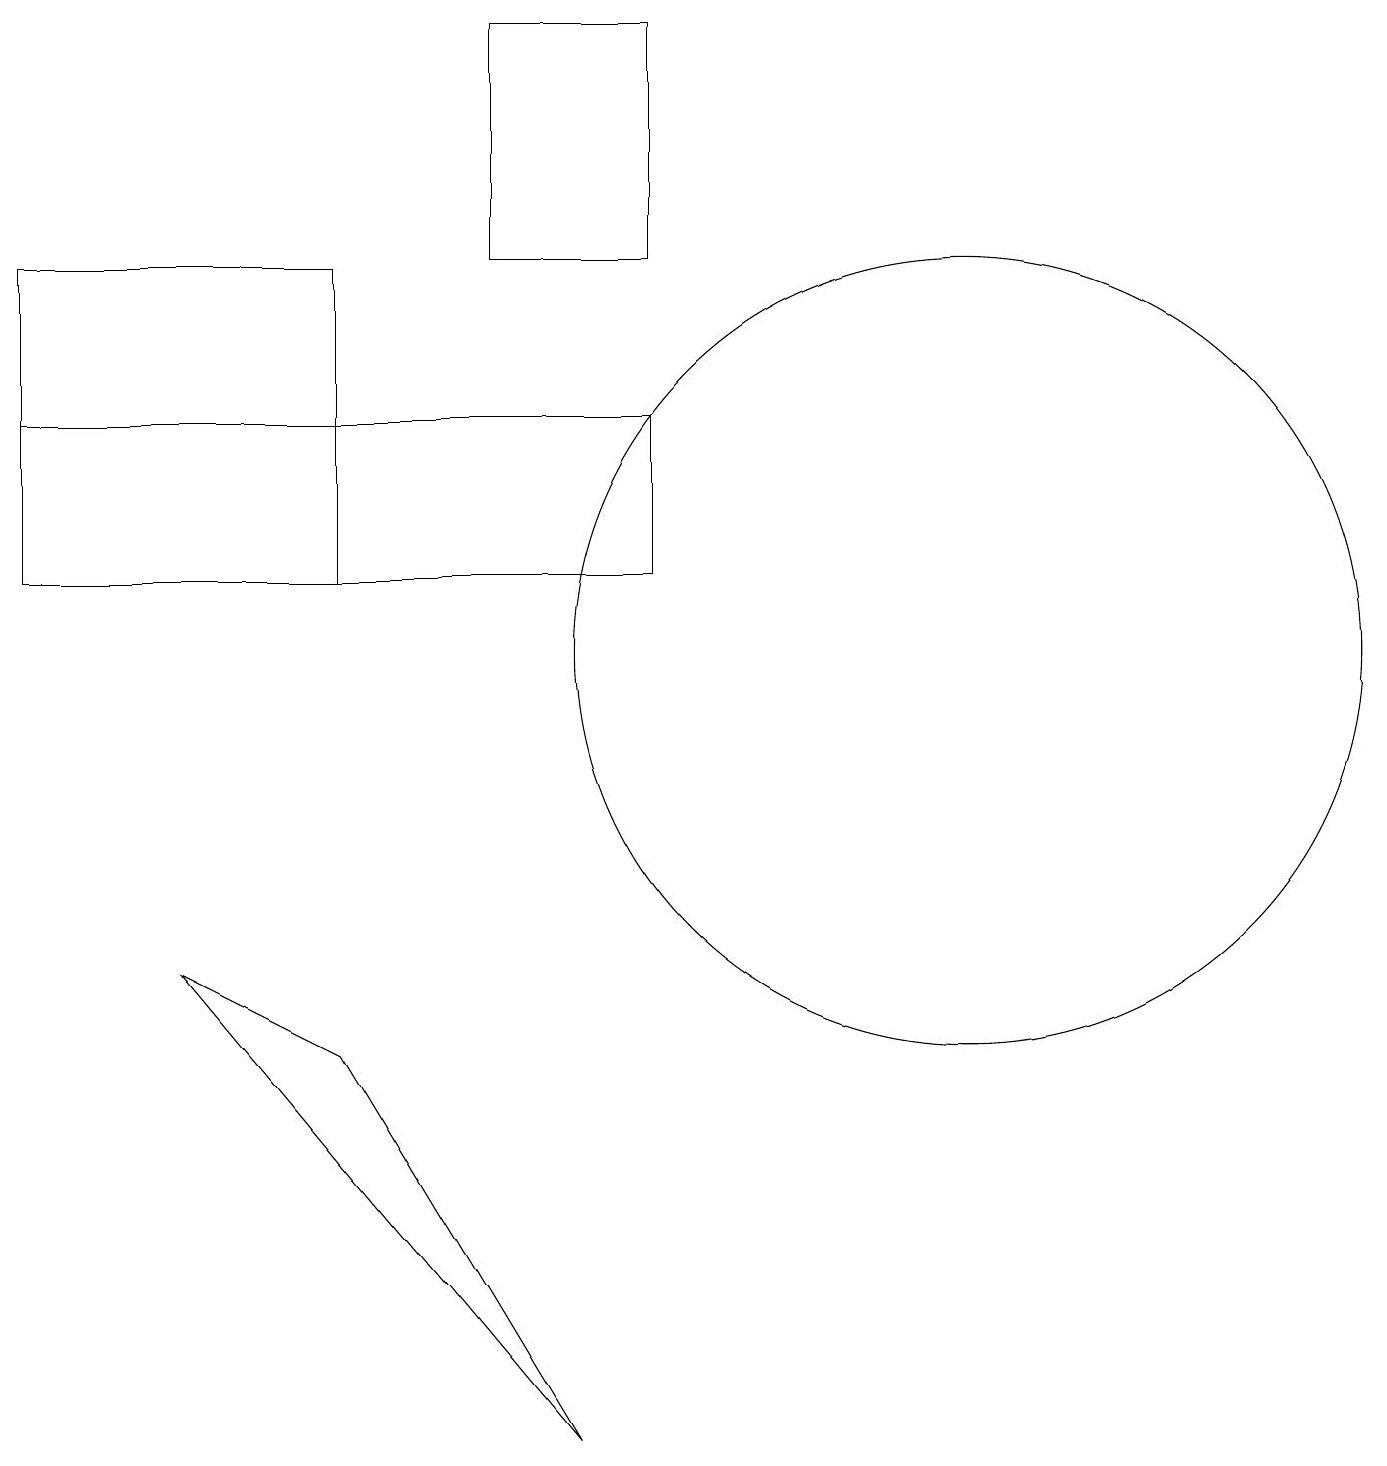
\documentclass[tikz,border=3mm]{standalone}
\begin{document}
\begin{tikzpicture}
\draw (6,19) rectangle (8,16);
\draw (0,14) rectangle (8,12);
\draw (12,11) circle (5);
\draw (7,1) -- (4,6) -- (2,7) -- cycle;
\draw (0,16) rectangle (4,12);
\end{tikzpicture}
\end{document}